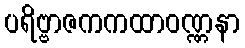
ပရိဗ္ဗာဇကကထာဝဏ္ဏနာ